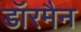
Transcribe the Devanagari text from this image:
डॉरमैन